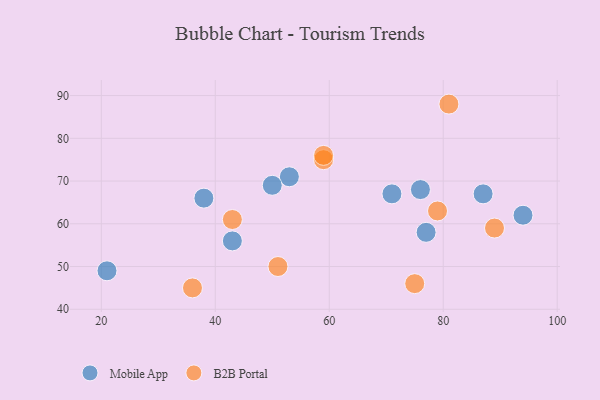
{"axis": {"x": "GDP", "y": "Life Expectancy"}, "legend": ["B2B Portal", "Mobile App"], "data": [{"x": "53", "y": 71, "type": "Mobile App"}, {"x": "77", "y": 58, "type": "Mobile App"}, {"x": "94", "y": 62, "type": "Mobile App"}, {"x": "87", "y": 67, "type": "Mobile App"}, {"x": "76", "y": 68, "type": "Mobile App"}, {"x": "43", "y": 56, "type": "Mobile App"}, {"x": "21", "y": 49, "type": "Mobile App"}, {"x": "50", "y": 69, "type": "Mobile App"}, {"x": "38", "y": 66, "type": "Mobile App"}, {"x": "71", "y": 67, "type": "Mobile App"}, {"x": "81", "y": 88, "type": "B2B Portal"}, {"x": "89", "y": 59, "type": "B2B Portal"}, {"x": "36", "y": 45, "type": "B2B Portal"}, {"x": "75", "y": 46, "type": "B2B Portal"}, {"x": "59", "y": 75, "type": "B2B Portal"}, {"x": "79", "y": 63, "type": "B2B Portal"}, {"x": "51", "y": 50, "type": "B2B Portal"}, {"x": "43", "y": 61, "type": "B2B Portal"}, {"x": "59", "y": 76, "type": "B2B Portal"}]}